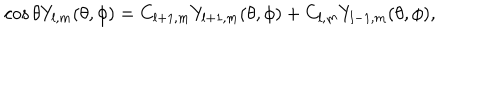
\cos { \theta } Y _ { l , m } ( \theta , \phi ) = C _ { l + 1 , m } Y _ { l + 1 , m } ( \theta , \phi ) + C _ { l , m } Y _ { l - 1 , m } ( \theta , \phi ) ,